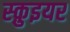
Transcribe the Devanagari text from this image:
स्क़ुइयर